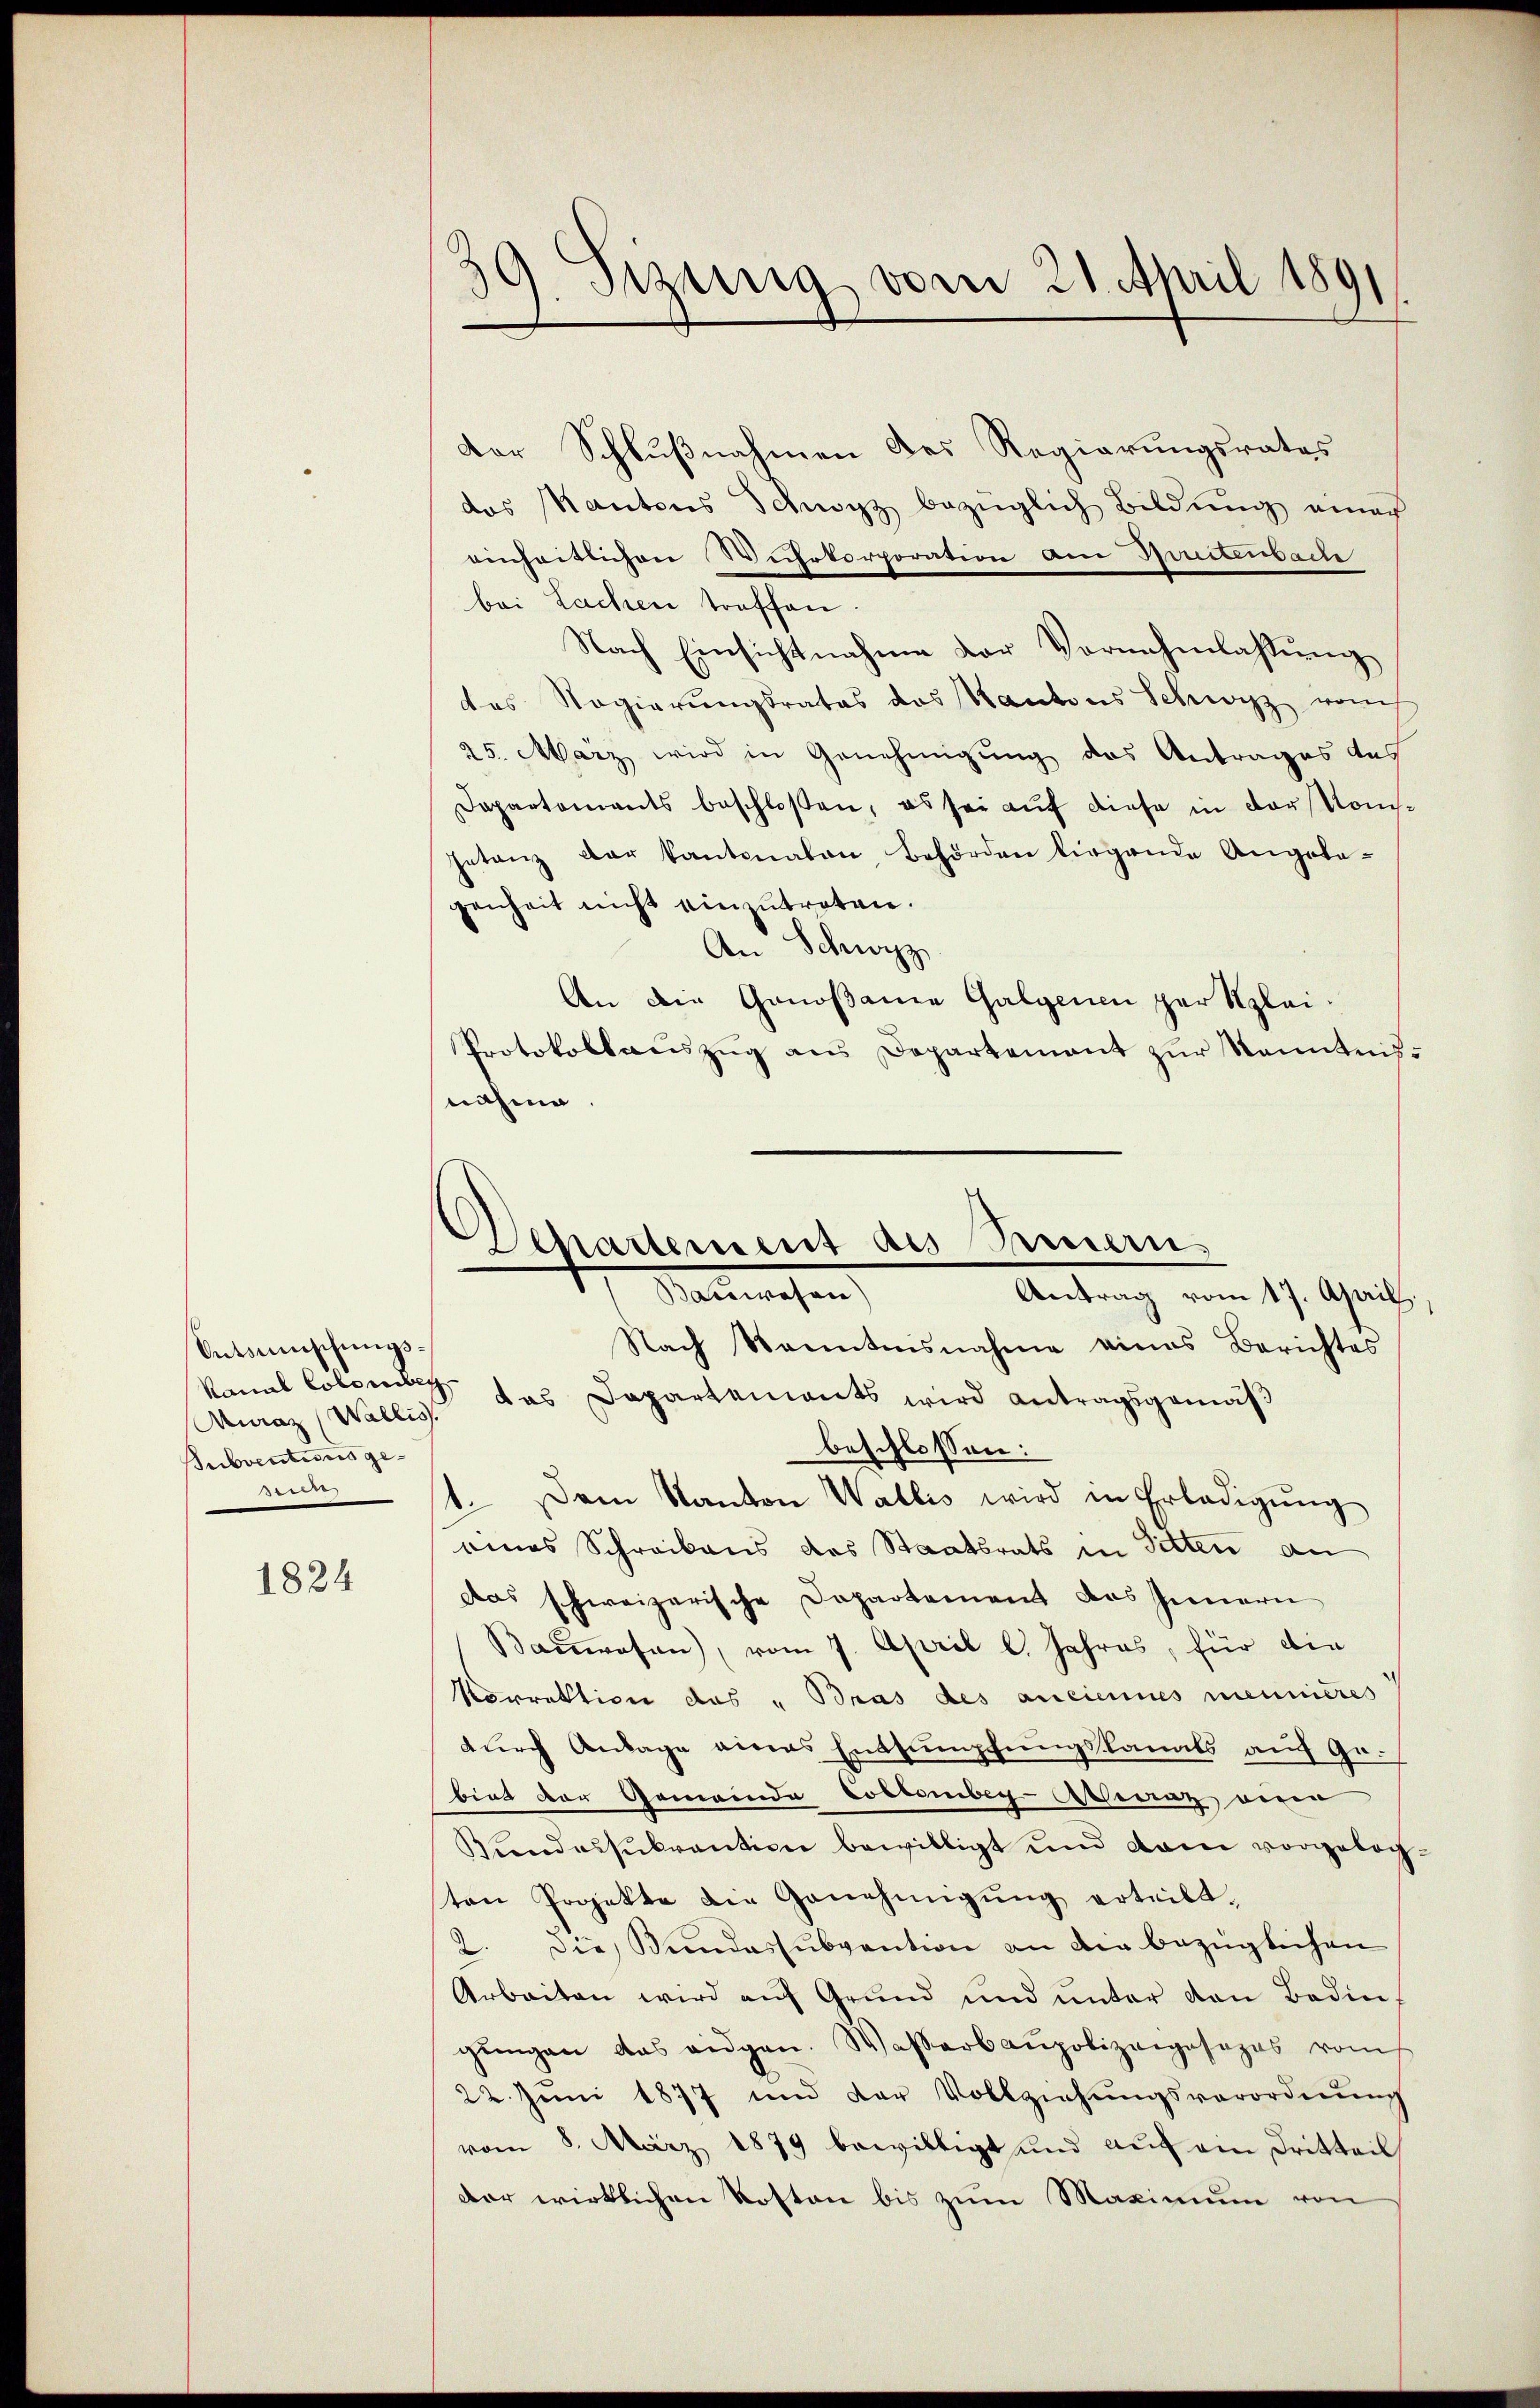
Vetsmischungs¬
Auraz (Wallis.
Bubventions geeere

1824

9. Sizung vom 21. April 1891
.

Der Schlußnahmen des Regierungsrates
das Kantons Schwyz bezüglich Bildŭng einer
einheitlichen Wuhrkorporation am Hintenbache
bei Lachen treffen
Nach Einsichtnahme der Vornehmlassung
das Regierŭngsrates das Kantons Schwyz vom
25. März wird in Genehmigung des Antrages des
Departements beschloßen, es sei aŭf diese in der Kom¬
Ietanz der Kantonalen Behörden liegende Angela-
genheit nicht einzutreten.
An Schwyz
An die Genoßame Galgenen par Klei¬
Protokollaŭszŭg ans Departement zŭr Kenntnisnahme

Departement des Seinern,
Salemachen
Antrag vom 17. April,

Nach Kenntnisnahme eines Berichtes
kannt Colome das Dapartements wird antragsgemäß
beschlossen:
1. Dem Kanton Wallis wird in Erledigŭng
eines Schreibens des Staatsrats in Sitten an
das schweizerische Dapartement das Innern
Bauwesen), vom 7. April l. Jahres, für die
Vorrektion das „Bras des anciennes meinderes
durch Anlage eines Entsumpfungskanals auf Gebiet der Gemeinde Colombeg-Aeraz eine
Kindessukrantion bewilligt und dann vorgebogten Projekte die Genehmigung erteilt.
2. Die Bundessubvention an die bezüglichen
Arbeiten wird aŭf Grŭnd ŭnd ŭnter den Bedin
gŭngen das eidgen. Wasserbaupolizeiposezes vom
22. Juni 1877 und der Vollziehŭngsverordnŭng
vom 8. März 1879 bewilligt und aŭf am Dritteil
dar wirklichen Roston bis zum Maximum von